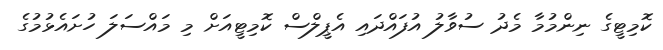
ކޮމިޓީގެ ނިންމުމާ މެދު ސުވާލު އުފައްދައި އެޕީލްސް ކޮމިޓީއަށް މި މައްސަލަ ހުށައެޅުމުގެ